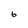
Character: 6